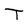
Character: T